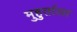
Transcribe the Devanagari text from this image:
मुहुर्ताला